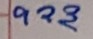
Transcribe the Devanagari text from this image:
१२३